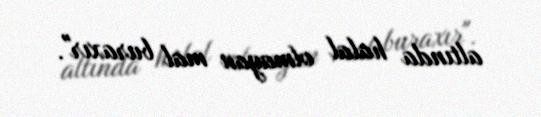
altında halal olmayan mal buraxır".